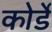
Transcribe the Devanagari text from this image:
कोर्डे